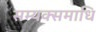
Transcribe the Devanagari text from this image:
सम्यक्समाधि